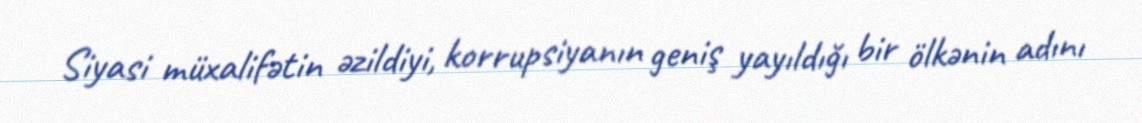
Siyasi müxalifətin əzildiyi, korrupsiyanın geniş yayıldığı bir ölkənin adını